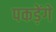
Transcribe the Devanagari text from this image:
पकड़ेंगे